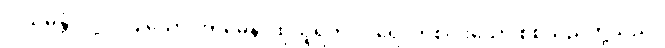
ဝါယမန္တံ၊ လုံ့လပြုသော။ တမေနံ၊ ထုသူရဲကို။ ပရေ၊ တစ်ပါးသော စစ်သည်တို့သည်။